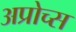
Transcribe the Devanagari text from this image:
अप्रोच्स